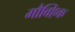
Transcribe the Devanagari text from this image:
मौक्हिक